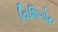
વિશિગોથ